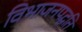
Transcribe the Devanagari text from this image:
विभाजनपद्धति